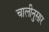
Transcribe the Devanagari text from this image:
चालीनुसार